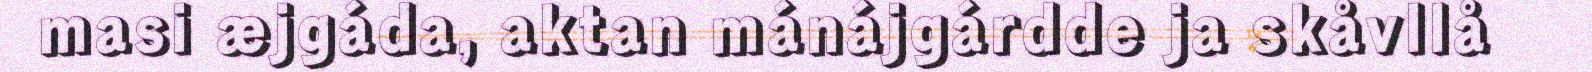
masi æjgáda, aktan mánájgárdde ja skåvllå